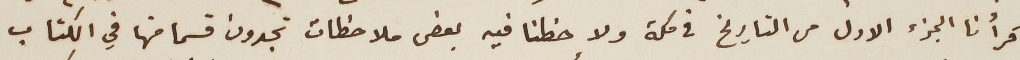
قرأنا الجزء الاول من التاريخ فى مكة ولاحظنا فيه بعض ملاحظات تجدون قسما منها في الكتاب